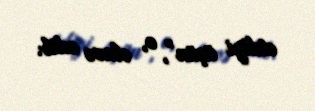
etdiyi üçün”, o, əlavə edib.